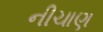
નીચાણ